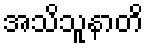
အသိသူနာတိ